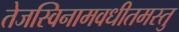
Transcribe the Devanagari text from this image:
तेजस्विनामवधीतमस्तु